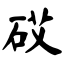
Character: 砹